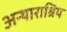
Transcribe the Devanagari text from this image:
अन्थाराश्रिय